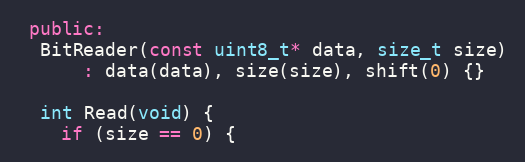
Language: C++
 public:
  BitReader(const uint8_t* data, size_t size)
      : data(data), size(size), shift(0) {}

  int Read(void) {
    if (size == 0) {